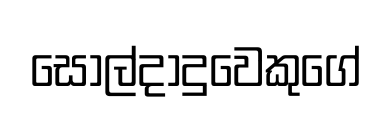
සොල්දාදුවෙකුගේ